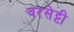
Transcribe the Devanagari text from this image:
वरसेट्टी